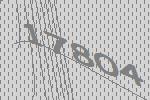
17804